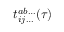
t _ { i j \dots } ^ { a b \dots } ( \tau )